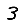
Digit: 3